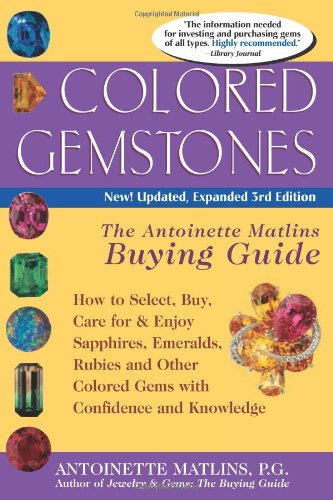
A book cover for Colored Gemstones, 3rd Edition: The Antoinette Matlins Buying Guide--How to Select, Buy, Care for & Enjoy Sapphires, Emeralds, Rubies and Other Colored Gems With Confidence and Knowl; Antoinette Matlins P.G.; Crafts, Hobbies & Home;